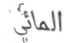
المائي